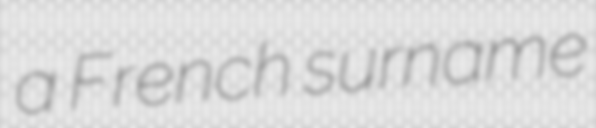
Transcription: a French surname